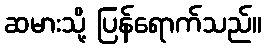
ဆမားသို့ ပြန်ရောက်သည်။